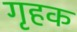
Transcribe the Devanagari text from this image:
गृहक